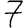
Digit: 7